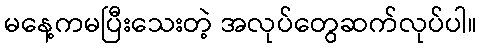
မနေ့ကမပြီးသေးတဲ့ အလုပ်တွေဆက်လုပ်ပါ။